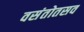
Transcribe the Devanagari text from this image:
वसंतोतसव